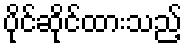
ပိုင်ဆိုင်ထားသည့်